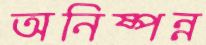
অনিষ্পন্ন